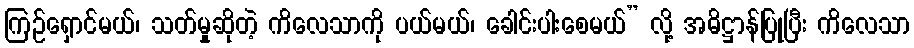
ကြဉ်ရှောင်မယ်၊ သတ်မှုဆိုတဲ့ ကိလေသာကို ပယ်မယ်၊ ခေါင်းပါးစေမယ်” လို့ အဓိဋ္ဌာန်ပြုပြီး ကိလေသာ